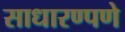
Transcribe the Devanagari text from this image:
साधारण्पणे